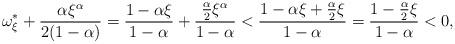
LaTeX: \begin{align*}\omega_{\xi}^{\ast} + \frac{\alpha \xi^{\alpha}}{2(1 - \alpha)} = \frac{1 - \alpha \xi}{1 - \alpha} + \frac{\frac{\alpha}{2} \xi^{\alpha}}{1 - \alpha} < \frac{1 - \alpha \xi + \frac{\alpha}{2}\xi}{1 - \alpha} = \frac{1 - \frac{\alpha}{2}\xi}{1 - \alpha} < 0,\end{align*}